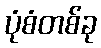
ပုံစံတစ်ခု